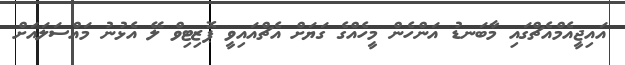
އައިޖީއެމްއެޗްގައި މާބަނޑު އަންހެން މީހެއްގެ ގަޔަށް އެޗްއައިވީ ޕޮޒިޓިވް ލޭ އެޅުނު މައްސަލައަށް